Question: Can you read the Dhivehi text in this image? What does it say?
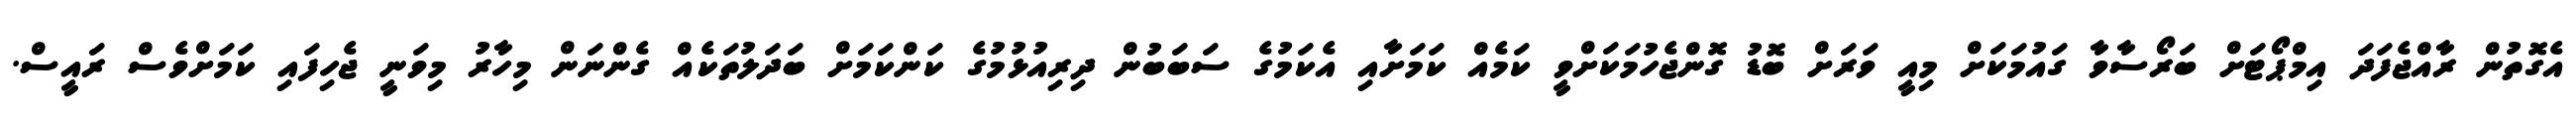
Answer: އެގޮތުން ރާއްޖެފަދަ އިމްޕޯޓަށް ބަރޯސާވާ ގައުމަކަށް މިއީ ވަރަށް ބޮޑު ގޮންޖެހުމަކަށްވީ ކަމެއް ކަމަށާއި އެކަމުގެ ސަބަބުން ދިރިއުޅުމުގެ ކަންކަމަށް ބަދަލުތަކެއް ގެންނަން މިހާރު މިވަނީ ޖެހިފައި ކަމަށްވެސް ރައީސް.